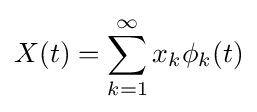
X(t)=\sum _{k=1}^{\infty }x_{k}\phi _{k}(t)